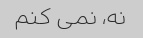
نه، نمی کنم